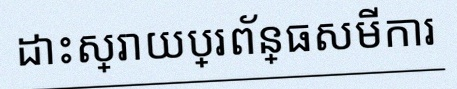
ដោះស្រាយប្រព័ន្ធសមីការ